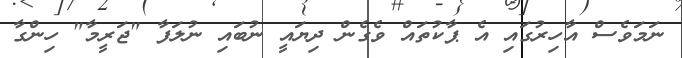
ނަމަވެސް އާހިރުގައި އެ ޕާކުތައް ވެގެން ދިޔައީ ނުބައި ނުލަފާ "ޖަރީމާ" ހިންގާ